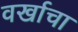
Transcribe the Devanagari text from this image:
वर्खाचा